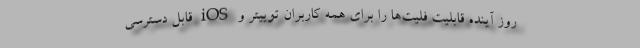
روز آینده قابلیت فلیت‌ها را برای همه کاربران توییتر و iOS قابل دسترسی